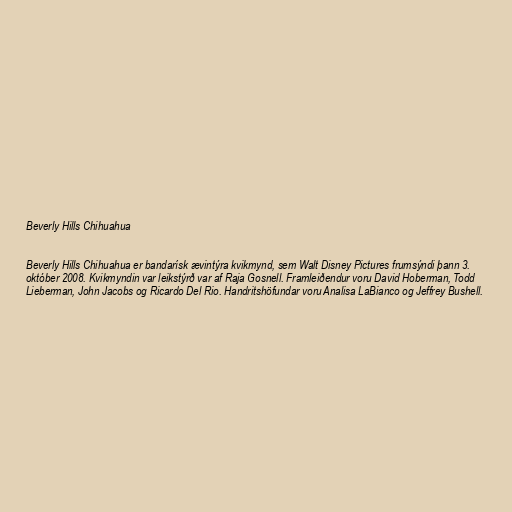
Beverly Hills Chihuahua

Beverly Hills Chihuahua er bandarísk ævintýra kvikmynd, sem Walt Disney Pictures frumsýndi þann 3.
október 2008. Kvikmyndin var leikstýrð var af Raja Gosnell. Framleiðendur voru David Hoberman, Todd
Lieberman, John Jacobs og Ricardo Del Rio. Handritshöfundar voru Analisa LaBianco og Jeffrey Bushell.